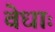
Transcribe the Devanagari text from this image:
वेधाः